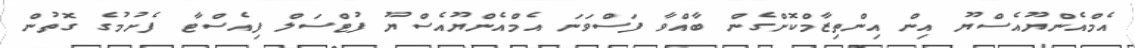
އެމްއެންޔޫއެސްޔޫ އިން އިންތިޒާމްކޮށްގެން ބާއްވާ ފަސްވަނަ އެމްއެންޔޫއެސްޔޫ ފުޓްސަލް ފިއެސްޓާ ފެށުމުގެ ގޮތުން